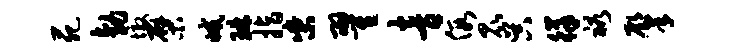
苑勃墩檗减琳指柴翟音假昆吴徉裕肇